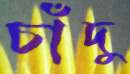
চাঁদু